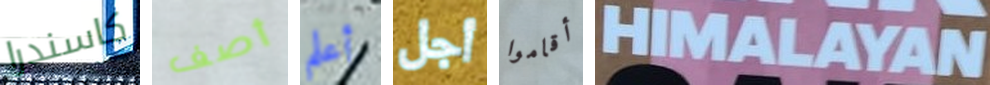
كاسندرا أصف أعلم أجل أقاموا HIMALAYAN